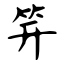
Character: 笄